Indian journal of veterinary science and animal husbandry - Volumes 15-17, 1948-1951
Year: 1948
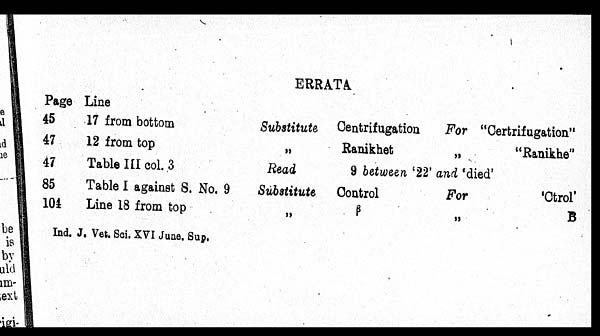
ERRATA
Page
45
47
47
85
104
Line
17 from bottom
12 from top
Table III col. 3
Table I against S. No. 9
Line 18 from top
Ind. J. Vet. Sci. XVI June, Sup.
Substitute
„
Read
Substitute
„
Centrifugation
Ranikhet
For "Certrifugation"
"Ranikhe"
9 between, '22' and 'died'
Control
ß
For
'Ctrol'
„ B